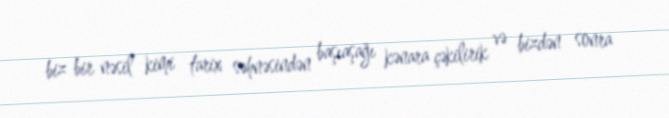
biz bir nəsil kimi tarix səhnəsindən başıaşağı kənara çəkilirik və bizdən sonra